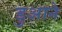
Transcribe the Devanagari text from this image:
डुआने